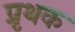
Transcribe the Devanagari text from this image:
प्रृथक